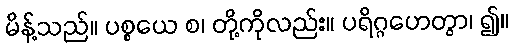
မိန့်သည်။ ပစ္စယေ စ၊ တို့ကိုလည်း။ ပရိဂ္ဂဟေတွာ၊ ၍။